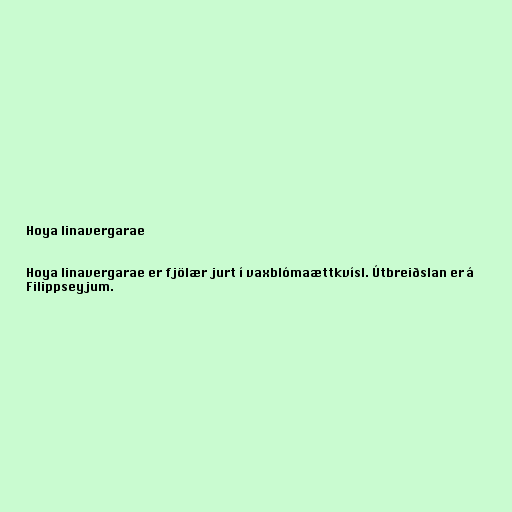
Hoya linavergarae

Hoya linavergarae er fjölær jurt í vaxblómaættkvísl. Útbreiðslan er á
Filippseyjum.